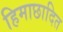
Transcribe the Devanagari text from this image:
हिमाछादित